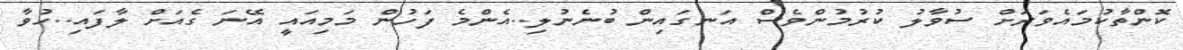
ކޮންތާކުމައެވަރަށް ސުވާލު ކުރުމުންވެސް އަނގައިން ބުނެނުލި..އެންމެ ފަހުން މަމިއައީ އޭނަ ގެއަށް ލާފައި..ހުވާ